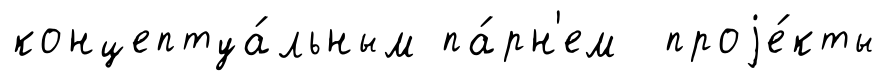
концептуа́льным па́рн'ем проjе́кты